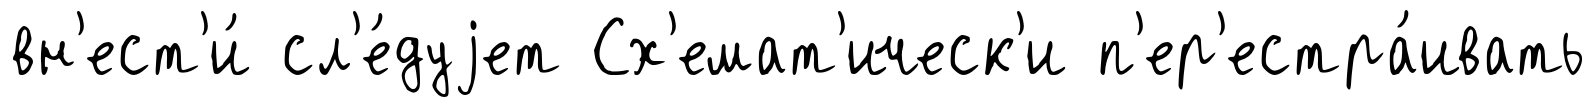
вн'ест'и́ сл'е́дуjет Сх'емат'ическ'и п'ер'естра́ивать